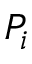
P _ { i }